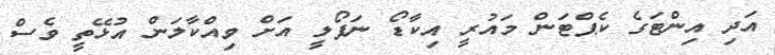
އަދި އިންޓަގެ ކެޕްޓަން މައުރީ އިކާޑޯ ނަޕޯލީ އަށް ވިއްކާލަން އުޅޭތީ ވެސް